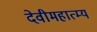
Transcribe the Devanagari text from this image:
देवीमहात्म्य